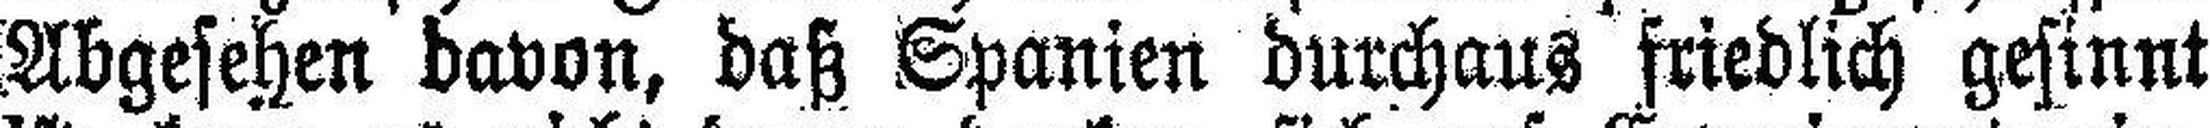
Abgesehen davon, daß Spanien durchaus friedlich gesinnt